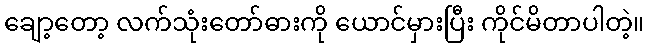
ချော့တော့ လက်သုံးတော်ဓားကို ယောင်မှားပြီး ကိုင်မိတာပါတဲ့။